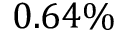
0 . 6 4 \%